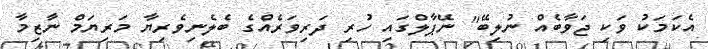
އެކަމަކު ވަކި ޖަވާބެއް ނުލިބޭ" ނޭޕާލްގައި ހުރި ދަރިވަރެއްގެ ބެލެނިވެރިޔާ މަރިޔަމް ނާޒިމާ